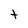
Character: t